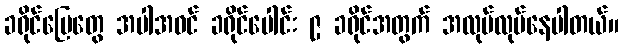
ခရိုင်မြေတွေ အပါအဝင် ခရိုင်ပေါင်း ၉ ခရိုင်အတွက် အလုပ်လုပ်နေပါတယ်။